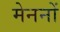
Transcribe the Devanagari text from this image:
मेननों